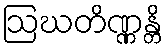
ဩဃတိဏ္ဏန္တိ